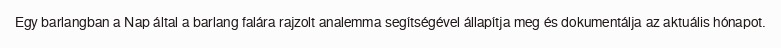
Egy barlangban a Nap által a barlang falára rajzolt analemma segítségével állapítja meg és dokumentálja az aktuális hónapot.